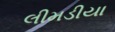
લીમડીયા